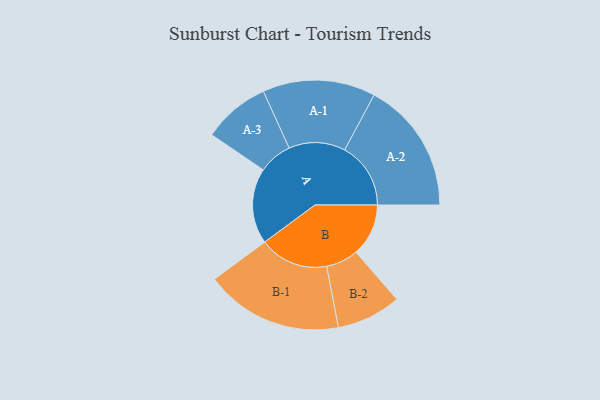
{"axis": {"x": "Segment", "y": "Value"}, "legend": ["", "A", "B"], "data": [{"x": "A", "y": 288, "type": ""}, {"x": "B", "y": 200, "type": ""}, {"x": "A-1", "y": 215, "type": "A"}, {"x": "A-2", "y": 252, "type": "A"}, {"x": "A-3", "y": 128, "type": "A"}, {"x": "B-1", "y": 263, "type": "B"}, {"x": "B-2", "y": 123, "type": "B"}]}